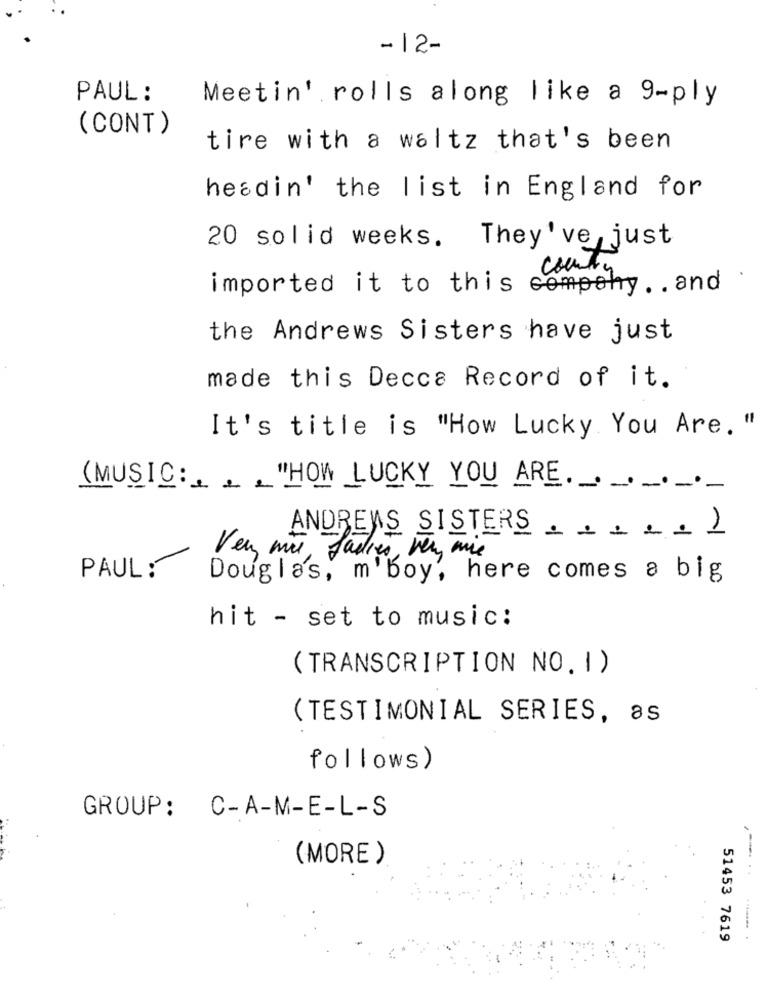
- 12-
PAUL :
Meetin' rolls along like a 9-ply
(CONT)
tire with a waltz that's been
hesdin' the list in England for
20 solid weeks. They've, just
country
imported it to this compohy . . and
the Andrews Sisters have just
made this Decca Record of it.
It's title is "How Lucky You Are. "
(MUSIC: "HOW LUCKY YOU ARE. ......
ANDREWS SISTERS .....
Ver mie, Ladies ver mie
PAUL:
Douglas, m'boy', here comes a big
hit - set to music:
( TRANSCRIPTION NO. I )
( TESTIMONIAL SERIES, as
follows)
GROUP: C-A-M-E-L-S
(MORE)
51453 7619